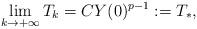
LaTeX: \begin{align*}\lim_{k\to+\infty}T_k=CY(0)^{p-1}:=T_*,\end{align*}